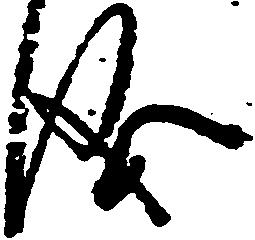
儀